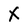
Character: X